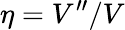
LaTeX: \eta=V^{\prime\prime}/V